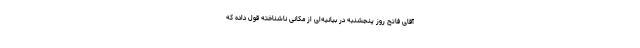
آقای فاتح روز پنجشنبه در بیانیه‌ای از مکانی ناشناخته قول داده که